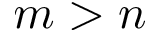
m > n